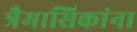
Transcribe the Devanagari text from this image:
त्रैमासिकांना